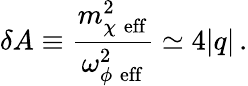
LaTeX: \delta A\equiv\frac{m_{\chi\; \mathrm{eff}}^{2}}{\omega_{\phi\; \mathrm{eff}}^{2}}\simeq 4\vert q\vert\, .